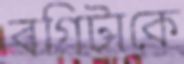
বগিটাকে